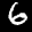
Label: 6